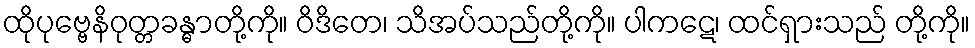
ထိုပုဗ္ဗေနိဝုတ္တခန္ဓာတို့ကို။ ဝိဒိတေ၊ သိအပ်သည်တို့ကို။ ပါကဋေ၊ ထင်ရှားသည် တို့ကို။